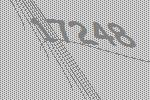
17248